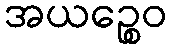
အယဉ္စေဝ